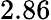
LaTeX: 2.86